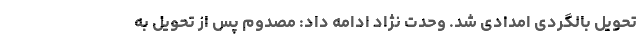
تحویل بالگردی امدادی شد. وحدت نژاد ادامه داد: مصدوم پس از تحویل به